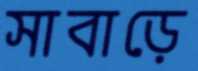
সাবাড়ে